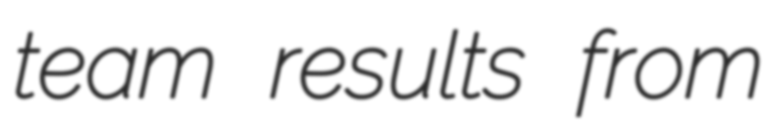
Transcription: team results from